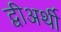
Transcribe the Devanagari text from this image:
द्वीअर्थी